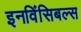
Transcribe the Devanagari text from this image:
इनविंसिबल्स